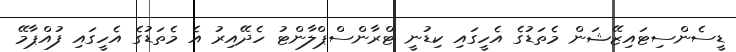
ޑީސެންސިޓައިޒޭޝަން މެތަޑުގެ އެހީގައި ކިޑުނީ ޓްރާންސްޕްލާންޓު ހެދޭއިރު އެ މެތަޑުގެ އެހީގައި ފުއްޕާމޭ